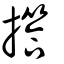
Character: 撘